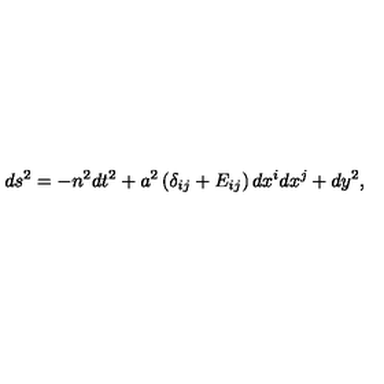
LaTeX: d s ^ { 2 } = - n ^ { 2 } d t ^ { 2 } + a ^ { 2 } \left( \delta _ { i j } + E _ { i j } \right) d x ^ { i } d x ^ { j } + d y ^ { 2 } ,